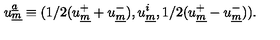
u _ { \underline { { m } } } ^ { \underline { { a } } } \equiv ( 1 / 2 ( u _ { \underline { { m } } } ^ { + } + u _ { \underline { { m } } } ^ { - } ) , u _ { \underline { { m } } } ^ { i } , 1 / 2 ( u _ { \underline { { m } } } ^ { + } - u _ { \underline { { m } } } ^ { - } ) ) .